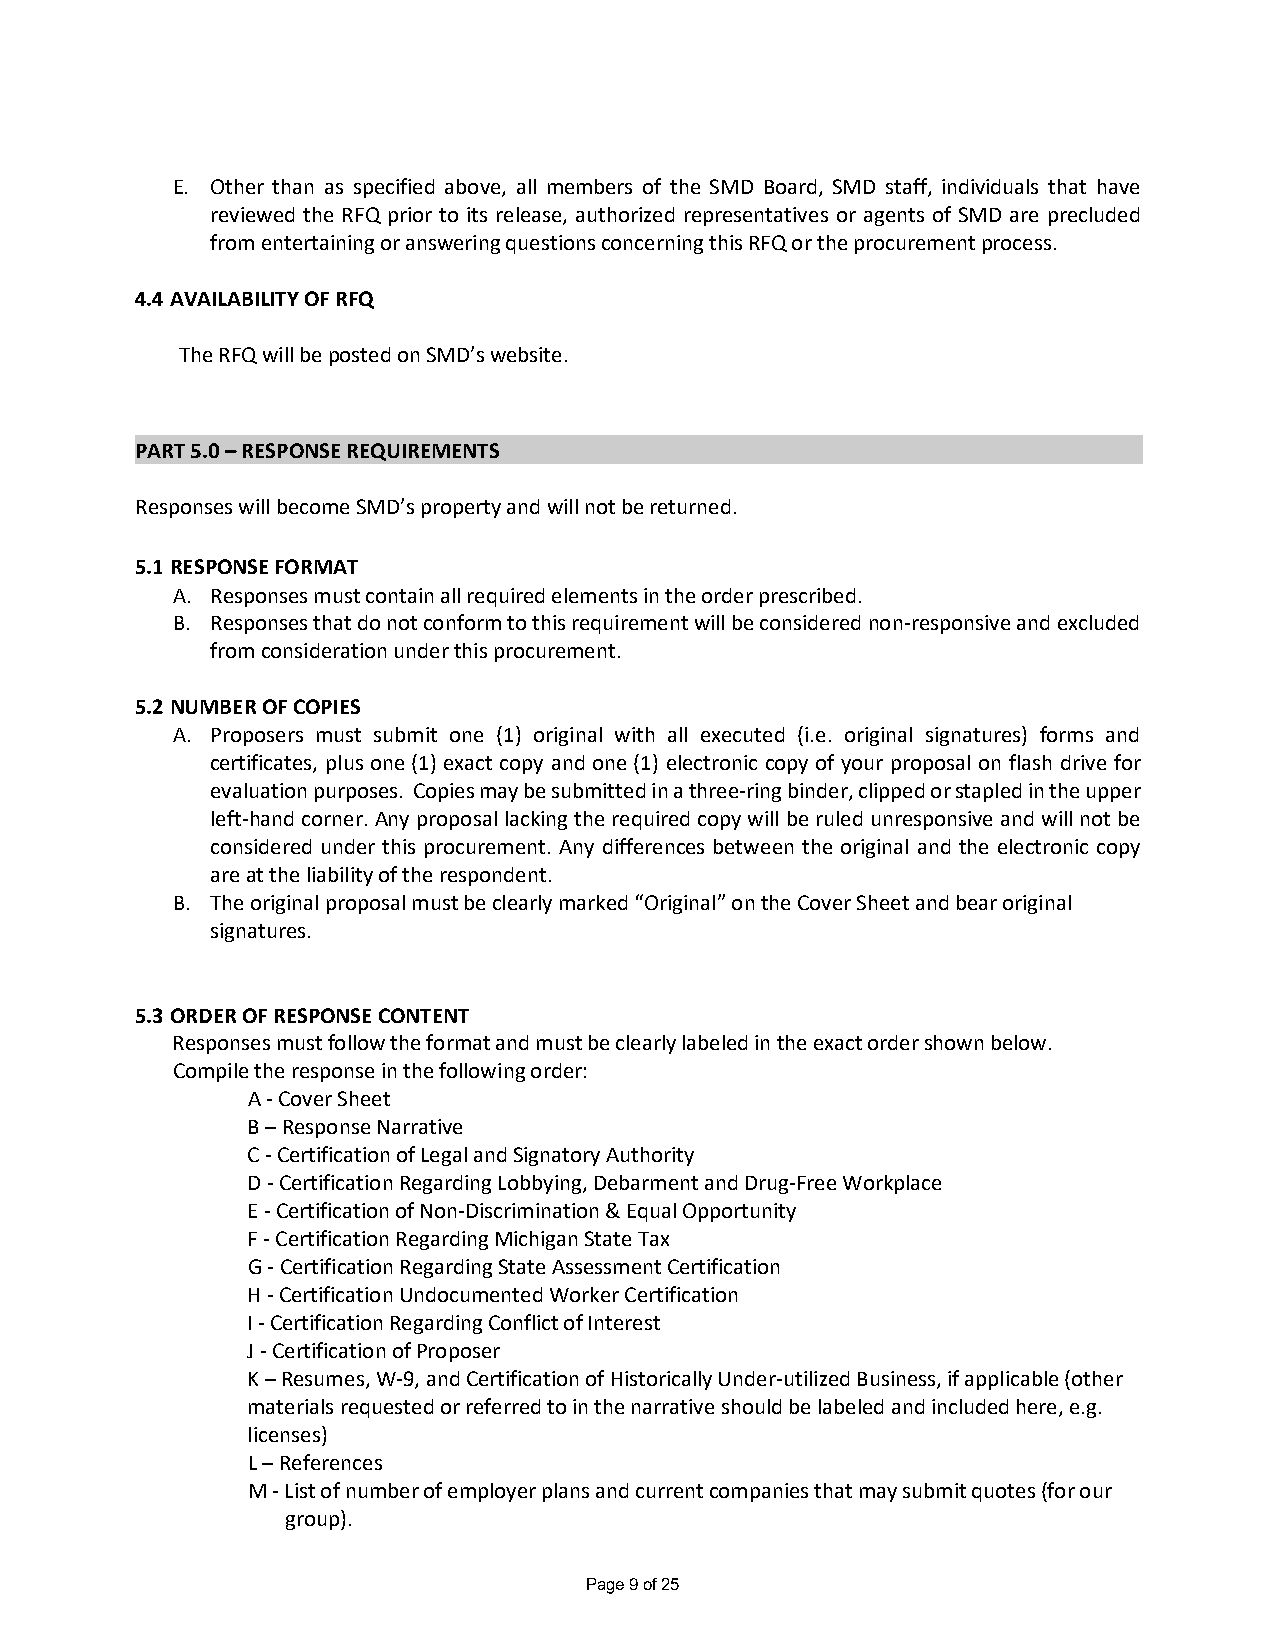
E. Other than as specified above, all members of the SMD Board, SMD staff, individuals that have
 reviewed the RFQ prior to its release, authorized representatives or agents of SMD are precluded
 from entertaining or answering questions concerning this RFQ or the procurement process.
 4.4 AVAILABILITY OF RFQ
 The RFQ will be posted on SMD’s website.
 PART 5.0 – RESPONSE REQUIREMENTS
 Responses will become SMD’s property and will not be returned.
 5.1 RESPONSE FORMAT
 A. Responses must contain all required elements in the order prescribed.
 B. Responses that do not conform to this requirement will be considered non-responsive and excluded
 from consideration under this procurement.
 5.2 NUMBER OF COPIES
 A. Proposers must submit one (1) original with all executed (i.e. original signatures) forms and
 certificates, plus one (1) exact copy and one (1) electronic copy of your proposal on flash drive for
 evaluation purposes. Copies may be submitted in a three-ring binder, clipped or stapled in the upper
 left-hand corner. Any proposal lacking the required copy will be ruled unresponsive and will not be
 considered under this procurement. Any differences between the original and the electronic copy
 are at the liability of the respondent.
 B. The original proposal must be clearly marked “Original” on the Cover Sheet and bear original
 signatures.
 5.3 ORDER OF RESPONSE CONTENT
 Responses must follow the format and must be clearly labeled in the exact order shown below.
 Compile the response in the following order:
 A - Cover Sheet
 B – Response Narrative
 C - Certification of Legal and Signatory Authority
 D - Certification Regarding Lobbying, Debarment and Drug-Free Workplace
 E - Certification of Non-Discrimination & Equal Opportunity
 F - Certification Regarding Michigan State Tax
 G - Certification Regarding State Assessment Certification
 H - Certification Undocumented Worker Certification
 I - Certification Regarding Conflict of Interest
 J - Certification of Proposer
 K – Resumes, W-9, and Certification of Historically Under-utilized Business, if applicable (other
 materials requested or referred to in the narrative should be labeled and included here, e.g.
 licenses)
 L – References
 M - List of number of employer plans and current companies that may submit quotes (for our
 group).
 Page 9 of 25